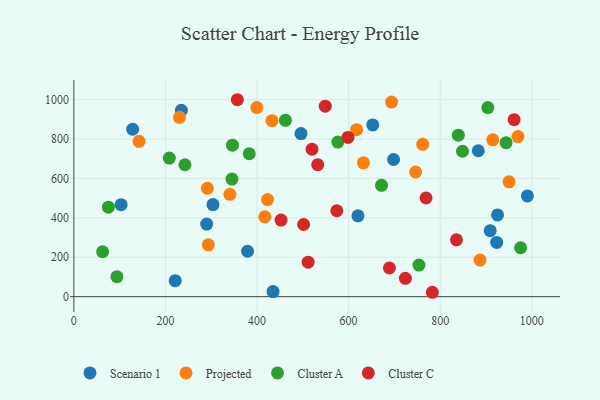
{"axis": {"x": "Speed", "y": "Sales"}, "legend": ["Cluster A", "Cluster C", "Projected", "Scenario 1"], "data": [{"x": "303.8", "y": 467.2, "type": "Scenario 1"}, {"x": "290.0", "y": 368.6, "type": "Scenario 1"}, {"x": "698.2", "y": 696.1, "type": "Scenario 1"}, {"x": "652.7", "y": 871.5, "type": "Scenario 1"}, {"x": "496.0", "y": 827.7, "type": "Scenario 1"}, {"x": "620.4", "y": 410.2, "type": "Scenario 1"}, {"x": "909.2", "y": 335.1, "type": "Scenario 1"}, {"x": "103.1", "y": 466.8, "type": "Scenario 1"}, {"x": "221.3", "y": 81.2, "type": "Scenario 1"}, {"x": "128.4", "y": 849.7, "type": "Scenario 1"}, {"x": "925.2", "y": 415.1, "type": "Scenario 1"}, {"x": "379.3", "y": 230.6, "type": "Scenario 1"}, {"x": "435.0", "y": 25.8, "type": "Scenario 1"}, {"x": "990.4", "y": 511.1, "type": "Scenario 1"}, {"x": "923.3", "y": 275.5, "type": "Scenario 1"}, {"x": "883.2", "y": 740.5, "type": "Scenario 1"}, {"x": "234.8", "y": 946.3, "type": "Scenario 1"}, {"x": "291.6", "y": 550.1, "type": "Projected"}, {"x": "340.8", "y": 519.4, "type": "Projected"}, {"x": "142.3", "y": 788.4, "type": "Projected"}, {"x": "416.9", "y": 405.0, "type": "Projected"}, {"x": "399.6", "y": 959.9, "type": "Projected"}, {"x": "746.3", "y": 632.8, "type": "Projected"}, {"x": "293.6", "y": 263.1, "type": "Projected"}, {"x": "950.4", "y": 583.0, "type": "Projected"}, {"x": "887.1", "y": 185.6, "type": "Projected"}, {"x": "914.8", "y": 795.9, "type": "Projected"}, {"x": "761.9", "y": 773.0, "type": "Projected"}, {"x": "423.0", "y": 492.6, "type": "Projected"}, {"x": "632.4", "y": 679.1, "type": "Projected"}, {"x": "230.6", "y": 910.1, "type": "Projected"}, {"x": "969.8", "y": 812.4, "type": "Projected"}, {"x": "617.5", "y": 847.8, "type": "Projected"}, {"x": "693.8", "y": 987.5, "type": "Projected"}, {"x": "432.7", "y": 893.3, "type": "Projected"}, {"x": "462.0", "y": 894.8, "type": "Cluster A"}, {"x": "975.6", "y": 248.3, "type": "Cluster A"}, {"x": "346.4", "y": 769.1, "type": "Cluster A"}, {"x": "62.8", "y": 228.1, "type": "Cluster A"}, {"x": "383.0", "y": 725.3, "type": "Cluster A"}, {"x": "208.4", "y": 703.2, "type": "Cluster A"}, {"x": "943.9", "y": 781.5, "type": "Cluster A"}, {"x": "242.6", "y": 669.6, "type": "Cluster A"}, {"x": "753.6", "y": 160.3, "type": "Cluster A"}, {"x": "345.3", "y": 596.9, "type": "Cluster A"}, {"x": "75.4", "y": 454.0, "type": "Cluster A"}, {"x": "576.5", "y": 784.7, "type": "Cluster A"}, {"x": "839.6", "y": 819.6, "type": "Cluster A"}, {"x": "94.0", "y": 101.5, "type": "Cluster A"}, {"x": "671.9", "y": 565.2, "type": "Cluster A"}, {"x": "904.1", "y": 959.7, "type": "Cluster A"}, {"x": "848.7", "y": 738.0, "type": "Cluster A"}, {"x": "511.6", "y": 174.9, "type": "Cluster C"}, {"x": "598.6", "y": 808.5, "type": "Cluster C"}, {"x": "501.7", "y": 366.4, "type": "Cluster C"}, {"x": "689.1", "y": 145.9, "type": "Cluster C"}, {"x": "961.4", "y": 898.3, "type": "Cluster C"}, {"x": "532.5", "y": 669.8, "type": "Cluster C"}, {"x": "574.2", "y": 436.2, "type": "Cluster C"}, {"x": "724.0", "y": 93.2, "type": "Cluster C"}, {"x": "452.5", "y": 388.9, "type": "Cluster C"}, {"x": "769.1", "y": 501.1, "type": "Cluster C"}, {"x": "357.0", "y": 999.6, "type": "Cluster C"}, {"x": "835.6", "y": 288.3, "type": "Cluster C"}, {"x": "782.8", "y": 22.3, "type": "Cluster C"}, {"x": "549.0", "y": 967.1, "type": "Cluster C"}, {"x": "520.1", "y": 748.3, "type": "Cluster C"}]}